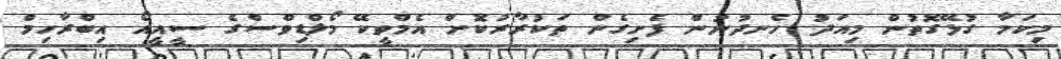
މިކަމާ ގުޅޭގޮތުން މިއަދު ހެނދުނުން ފެށިގެން ތަކުރާރުކޮށް އެމްވީކޭ މޯލްޑިވްސްގެ ސީއީއޯ އިބްރާހިމް